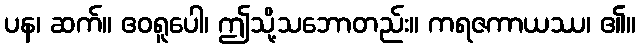
ပန၊ ဆက်။ ဧဝရူပေါ၊ ဤသို့သဘောတည်း။ ကရဇကာယဿ၊ ၏။